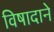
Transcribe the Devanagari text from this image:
विषादाने